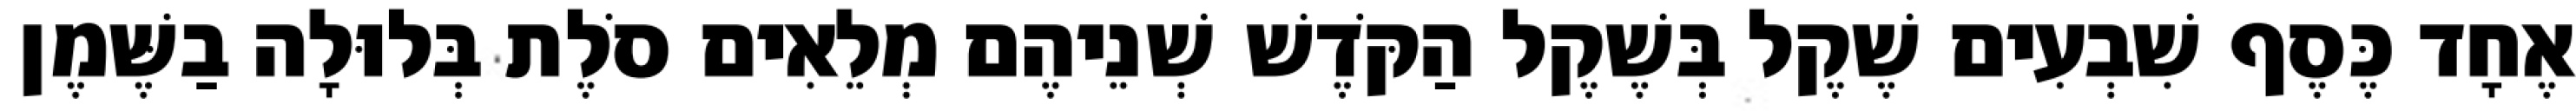
אֶחָד כֶּסֶף שִׁבְעִים שֶׁקֶל בְּשֶׁקֶל הַקֹּדֶשׁ שְׁנֵיהֶם מְלֵאִים סֹלֶת בְּלוּלָה בַשֶּׁמֶן